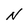
Character: N